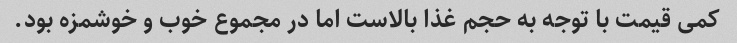
کمی قیمت با توجه به حجم غذا بالاست اما در مجموع خوب و خوشمزه بود.